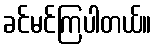
ခင်မင်ကြပါတယ်။